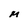
Character: M